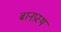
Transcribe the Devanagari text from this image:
बानप्रस्‍थ